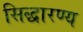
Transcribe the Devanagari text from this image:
सिद्धारण्य